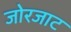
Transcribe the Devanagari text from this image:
जोरजाट